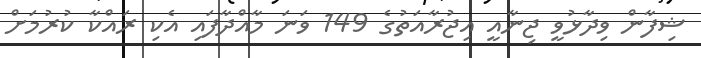
ޝިފާން ވިދާޅުވީ ޖިނާއީ އިޖުރާއަތުގެ 149 ވަނަ މާއްދާފައި އެކި ރައްކާ ކުރުމަށް